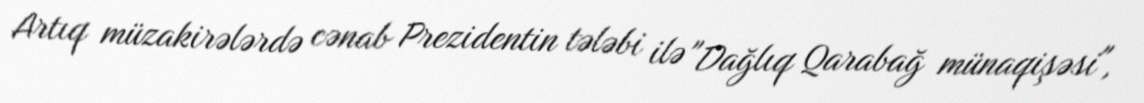
Artıq müzakirələrdə cənab Prezidentin tələbi ilə "Dağlıq Qarabağ münaqişəsi",